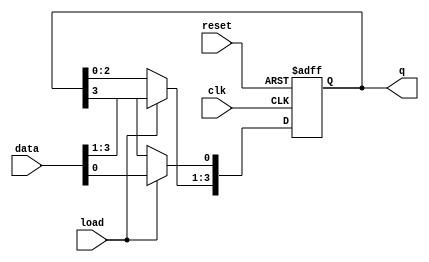
module loadable_ring_counter #(parameter N = 4) (
    input wire clk,                // Clock input
    input wire load,               // Load control signal
    input wire reset,              // Reset signal
    input wire [N-1:0] data,       // Data input for loading
    output reg [N-1:0] q           // Counter output
);

    // Internal signal to hold the next state
    reg [N-1:0] next_state;

    // Combinational logic for next state
    always @(*) begin
        if (load) begin
            next_state = data;      // Load the data when load is asserted
        end else begin
            next_state = {q[N-2:0], q[N-1]}; // Shift right, maintain ring structure
            next_state[0] = q[N-1]; // Feedback to create the ring effect
        end
    end

    // Sequential logic for state transition
    always @(posedge clk or posedge reset) begin
        if (reset) begin
            q <= {N{1'b0}};           // Reset all flip-flops to 0
        end else begin
            q <= next_state;          // Update the state on clock edge
        end
    end

endmodule